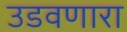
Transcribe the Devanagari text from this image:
उडवणारा